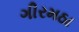
ગીરમઠા